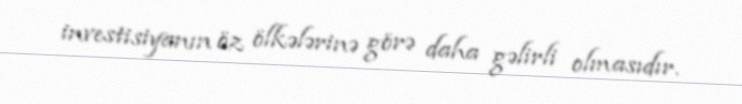
investisiyanın öz ölkələrinə görə daha gəlirli olmasıdır.